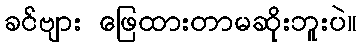
ခင်ဗျား ဖြေထားတာမဆိုးဘူးပဲ။